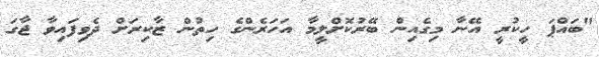
"ބައްޕަ ހީކުރީ އޭނާ މިގެއިން ބޭރުކޮށްލީމާ އަހަރެންގެ ހިތުން ޒާކިރަށް ދެވިފައިވާ ޖާގަ